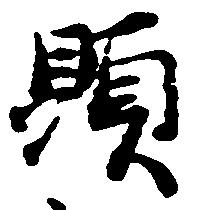
顕